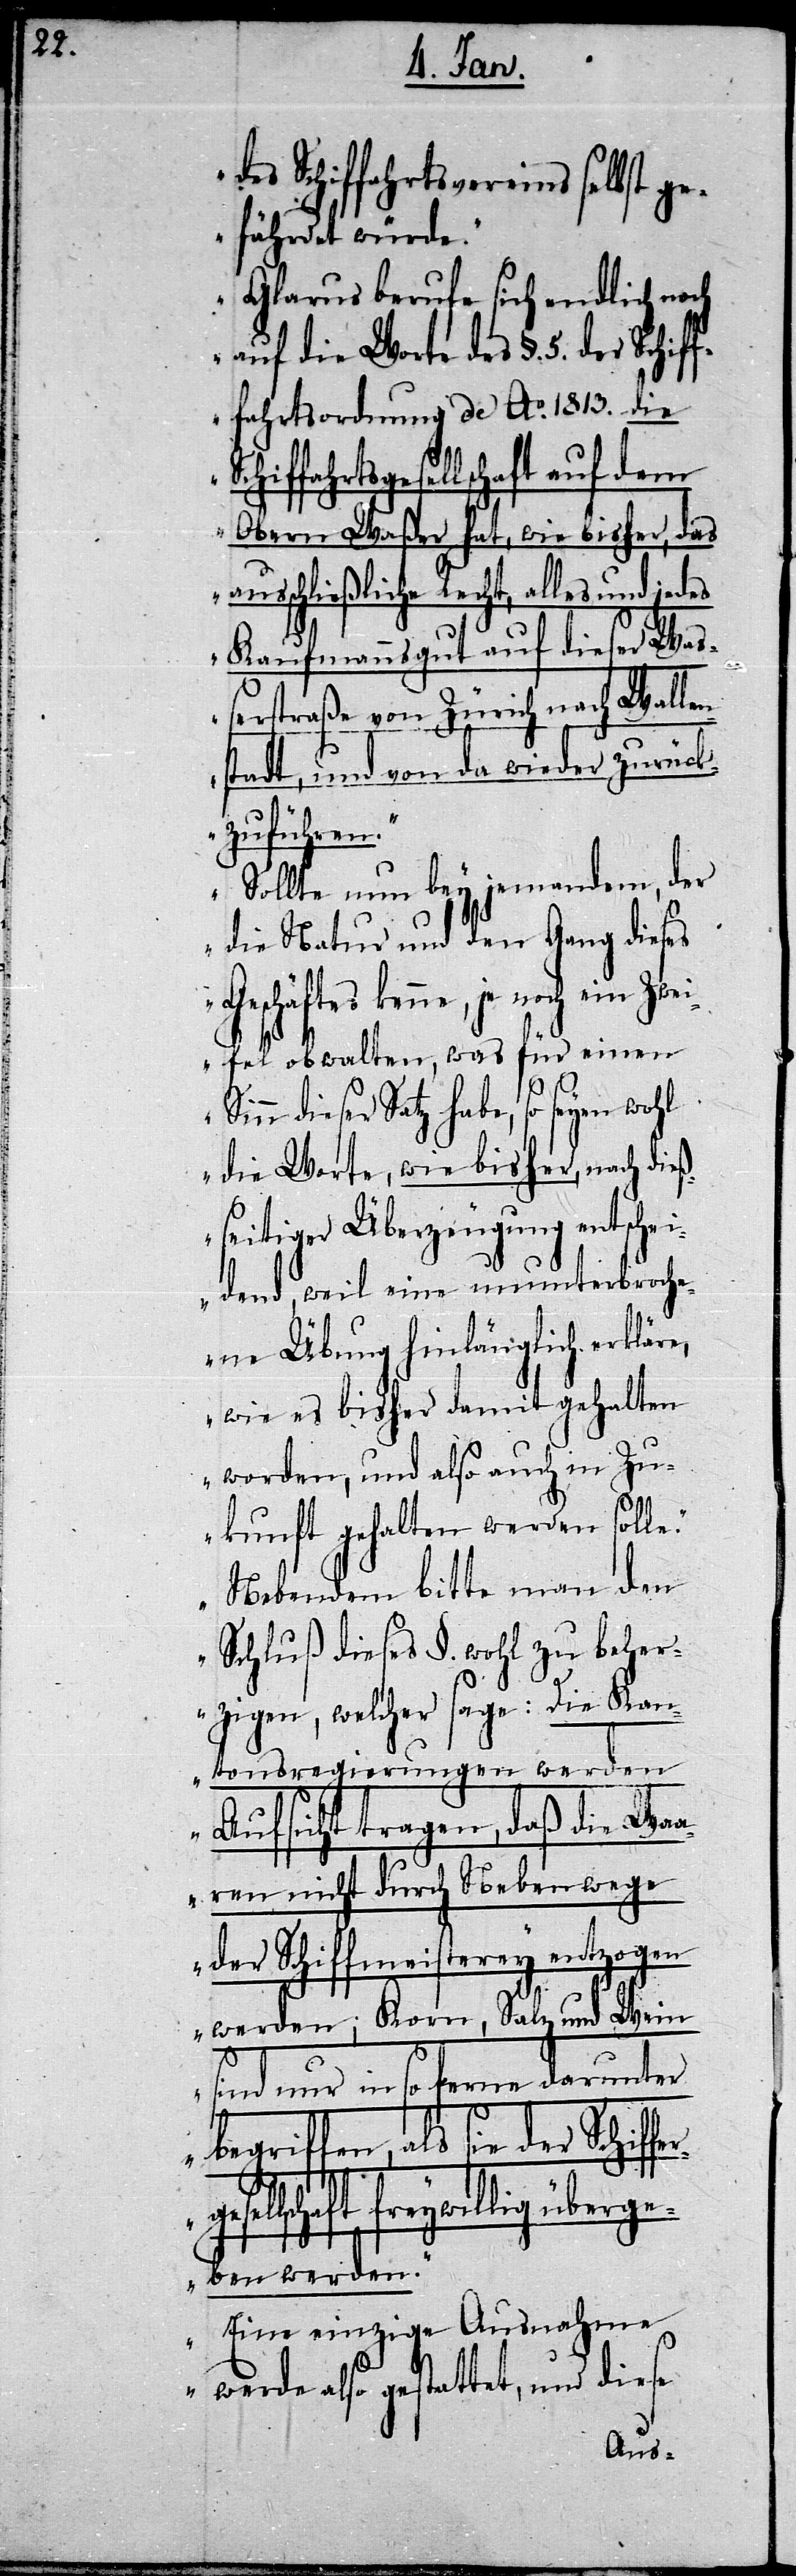
ferg¬
des Schiffahrtsvereins selbst ge¬
fährdet würde.“
„Glarus berufe sich endlich noch
auf die Worte des §. 5. der Schif¬
ffahrtsordnung de Ao. 1813. die
hiffahrtsgesellschaft auf dem
Obern Waßer hat, wie bisher, das
ausschließliche Recht, alles und jedes
Kaufmannsgut auf dieser Wa¬
ßerstraße von Zürich nach Wallen¬
stadt, und von da wieder zurück¬
zuführen.“
„Sollte nun bey jemandem, der
die Natur und den Gang dieses
Geschäftes kenne, je
Zweifel obwalten, was für einen
dieser Satz habe, so seyen wohl
die Worte, wie bisher, nach dieß¬
seitiger Überzeugung entschei¬
dend, weil eine ununterbroche¬
ne Übung hinlänglich erkläre,
wie es bisher damit gehalten
worden, und also auch in Zu¬
kunft gehalten werden solle.“
„Nebendem bitte man den
Schluß dieses §. wohl zu beher¬
zigen, welcher sage: Die Kan¬
tonsregierungen werden
Aufsicht tragen, daß die Wa¬
aren nicht durch Nebenwege
der Schiffmeisterey entzogen
werden; Korn, Salz und Wein
sind nur in so ferne darunter
begriffen, als sie der Schif¬
esellschaft freywillig überge¬
Sc¬
ben werden.“
„Eine einzige Ausnahme
werde also gestattet, und diese